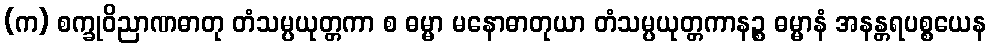
(က) စက္ခုဝိညာဏဓာတု တံသမ္ပယုတ္တကာ စ ဓမ္မာ မနောဓာတုယာ တံသမ္ပယုတ္တကာနဉ္စ ဓမ္မာနံ အနန္တရပစ္စယေန